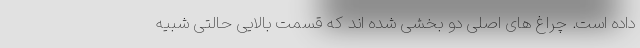
داده است. چراغ های اصلی دو بخشی شده اند که قسمت بالایی حالتی شبیه